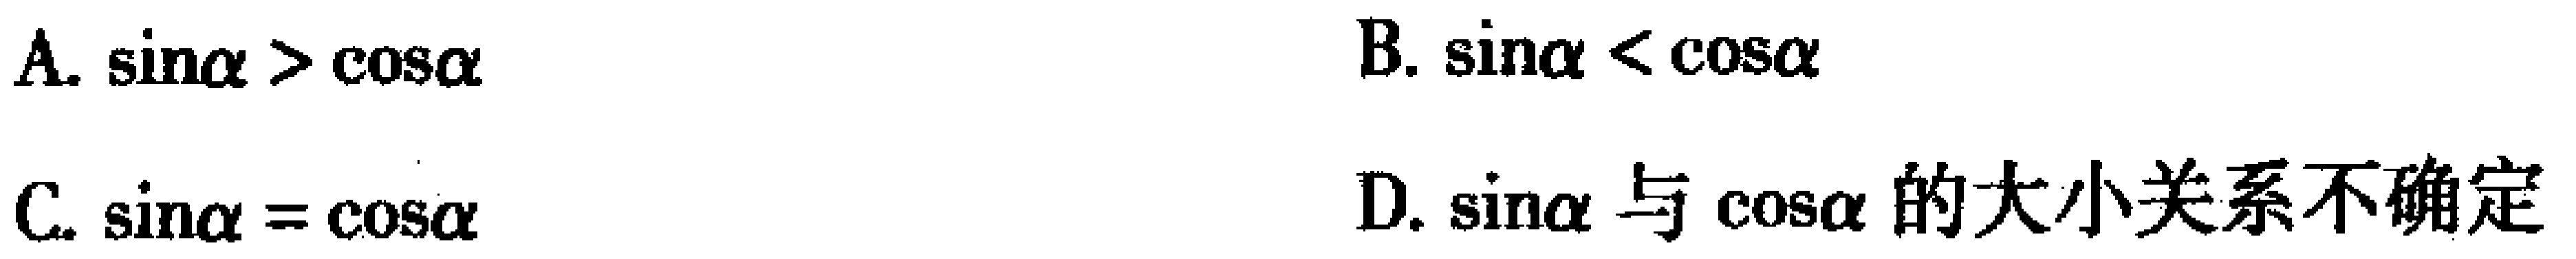
A. $\sin\alpha > \cos\alpha$
B. $\sin\alpha < \cos\alpha$
C. $\sin\alpha = \cos\alpha$
D. $\sin\alpha$ 与 $\cos\alpha$ 的大小关系不确定